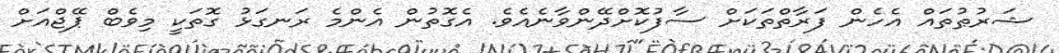
ޝަރުޠުތައް އެހެން ފަރާތްތަކަށް ސާފުކޮށްދޭންވާނެއެވެ. އެގޮތުން އެންމެ ރަނގަޅު ގޮތަކީ މިވެބް ޕޭޖްއަށް